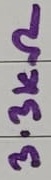
Text: 3.3KΩ